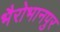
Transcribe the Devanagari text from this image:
भैरोभानपुर